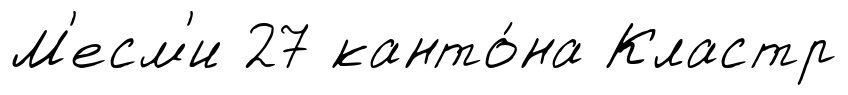
М'есм'и 27 канто́на Кластр